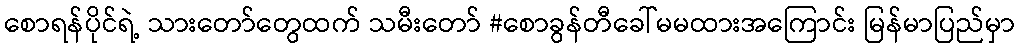
စောရန်ပိုင်ရဲ့ သားတော်တွေထက် သမီးတော် #စောခွန်တီခေါ်မမထားအကြောင်း မြန်မာပြည်မှာ